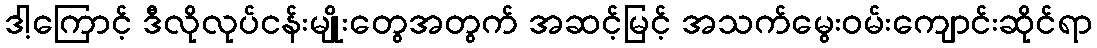
ဒါ့ကြောင့် ဒီလိုလုပ်ငန်းမျိုးတွေအတွက် အဆင့်မြင့် အသက်မွေးဝမ်းကျောင်းဆိုင်ရာ